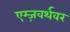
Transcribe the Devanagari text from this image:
एम्ज़वर्थवर